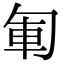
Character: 𠣞